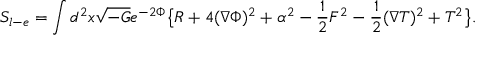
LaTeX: S _ { l - e } = \int d ^ { 2 } x \sqrt { - G } e ^ { - 2 \Phi } \big \{ R + 4 ( \nabla \Phi ) ^ { 2 } + \alpha ^ { 2 } - { \frac { 1 } { 2 } } F ^ { 2 } - { \frac { 1 } { 2 } } ( \nabla T ) ^ { 2 } + T ^ { 2 } \big \} .